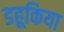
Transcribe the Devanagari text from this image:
डहूकिया